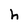
Character: h